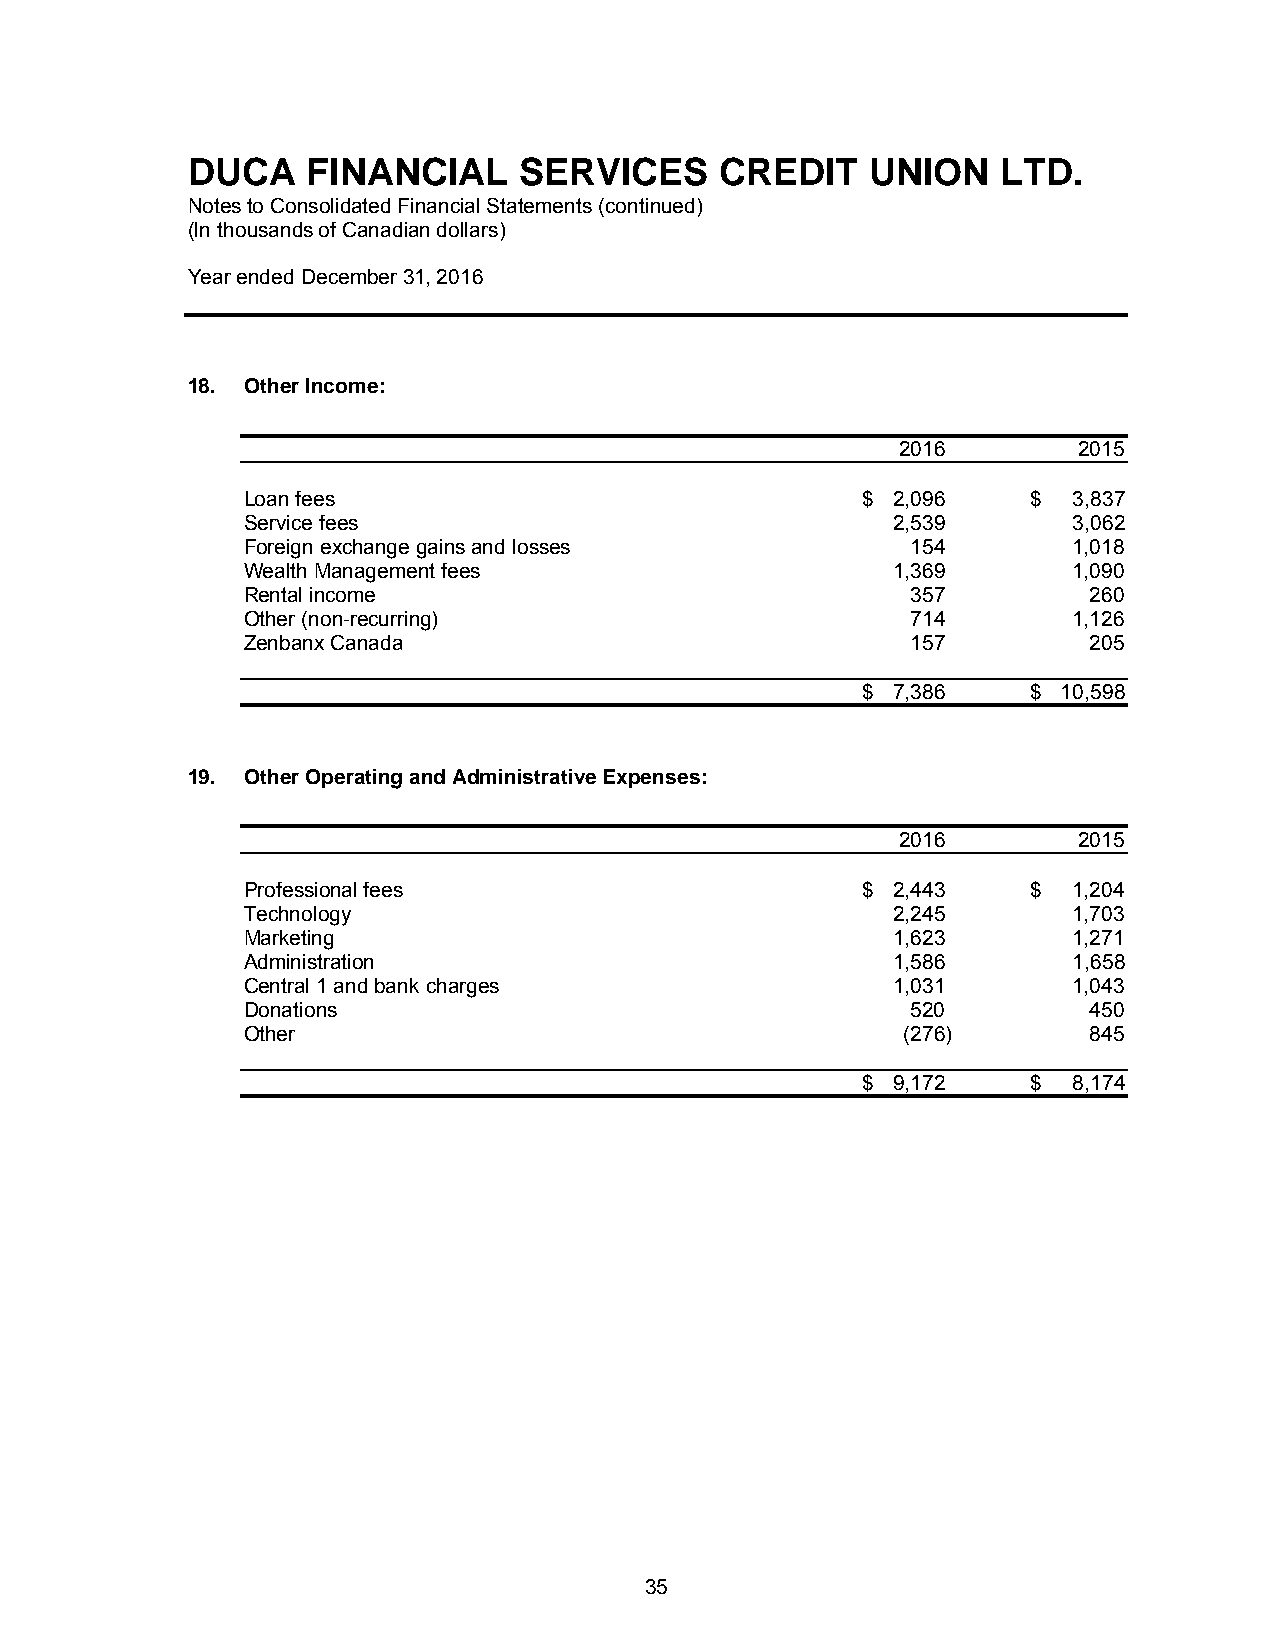
DUCA    FINANCIAL     SERVICES      CREDIT    UNION   LTD.
 Notes to Consolidated Financial Statements (continued)
 (In thousands of Canadian dollars)
 Year ended December 31, 2016
 18. Other Income:
 2016       2015
 Loan fees                                $ 2,096    $  3,837
 Service fees                               2,539       3,062
 Foreign exchange gains and losses           154        1,018
 Wealth Management fees                     1,369       1,090
 Rental income                               357         260
 Other (non-recurring)                       714        1,126
 Zenbanx Canada                              157         205
 $ 7,386    $ 10,598
 19. Other Operating and Administrative Expenses:
 2016       2015
 Professional fees                        $ 2,443    $  1,204
 Technology                                 2,245       1,703
 Marketing                                  1,623       1,271
 Administration                             1,586       1,658
 Central 1 and bank charges                 1,031       1,043
 Donations                                   520         450
 Other                                       (276)       845
 $ 9,172    $  8,174
 35